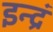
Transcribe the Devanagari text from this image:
इन्द्रं